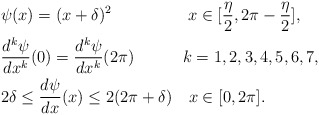
\begin{align*} &\psi(x)=(x+\delta)^2\ \ \ \ \ \ \ \ \ \ \ \ \ \ x\in[\frac{\eta}{2},2\pi-\frac{\eta}{2}],\\ &\frac{d^k\psi}{dx^k}(0)=\frac{d^k\psi}{dx^k}(2\pi)\ \ \ \ \ \ \ \ \ k=1,2,3,4,5,6,7,\\ &2\delta\leq\frac{d\psi}{dx}(x)\leq2(2\pi+\delta)\ \ \ x\in[0,2\pi].\end{align*}